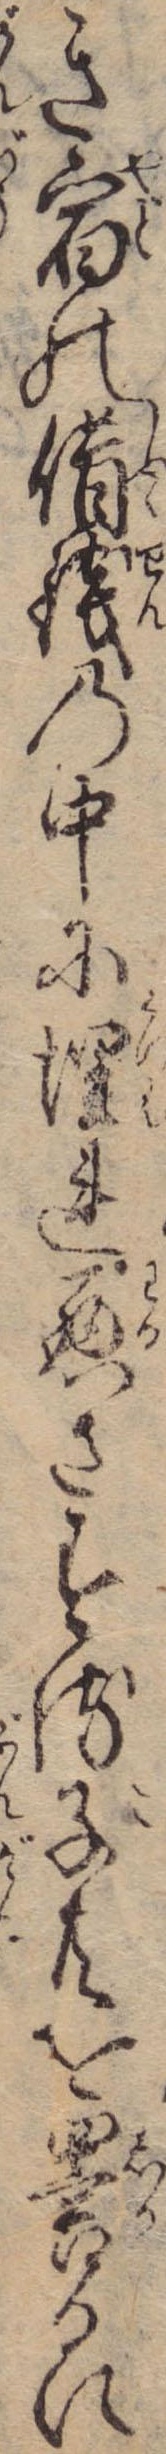
き宿の借銭の中に埋れ悪さする子共を詈るに